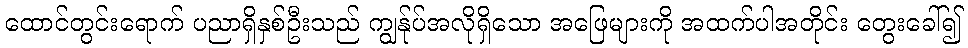
ထောင်တွင်းရောက် ပညာရှိနှစ်ဦးသည် ကျွန်ုပ်အလိုရှိသော အဖြေများကို အထက်ပါအတိုင်း တွေးခေါ်၍